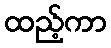
ထည့်ကာ